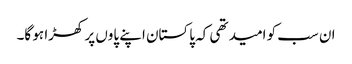
ان سب کو امید تھی کہ پاکستان اپنے پاوں پر کھڑا ہو گا۔